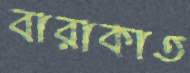
বারাকাত